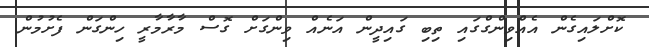
ކޮށްލައިގެން އެއްވިންގްގައި ތިބި ގައިދީން އަނެއް ވިންގަށް ގޮސް މާރާމާރީ ހިންގަން ފެށުމުން